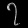
Digit: ၇